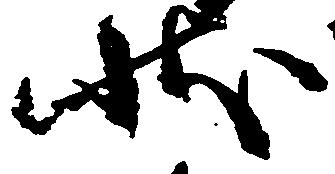
状